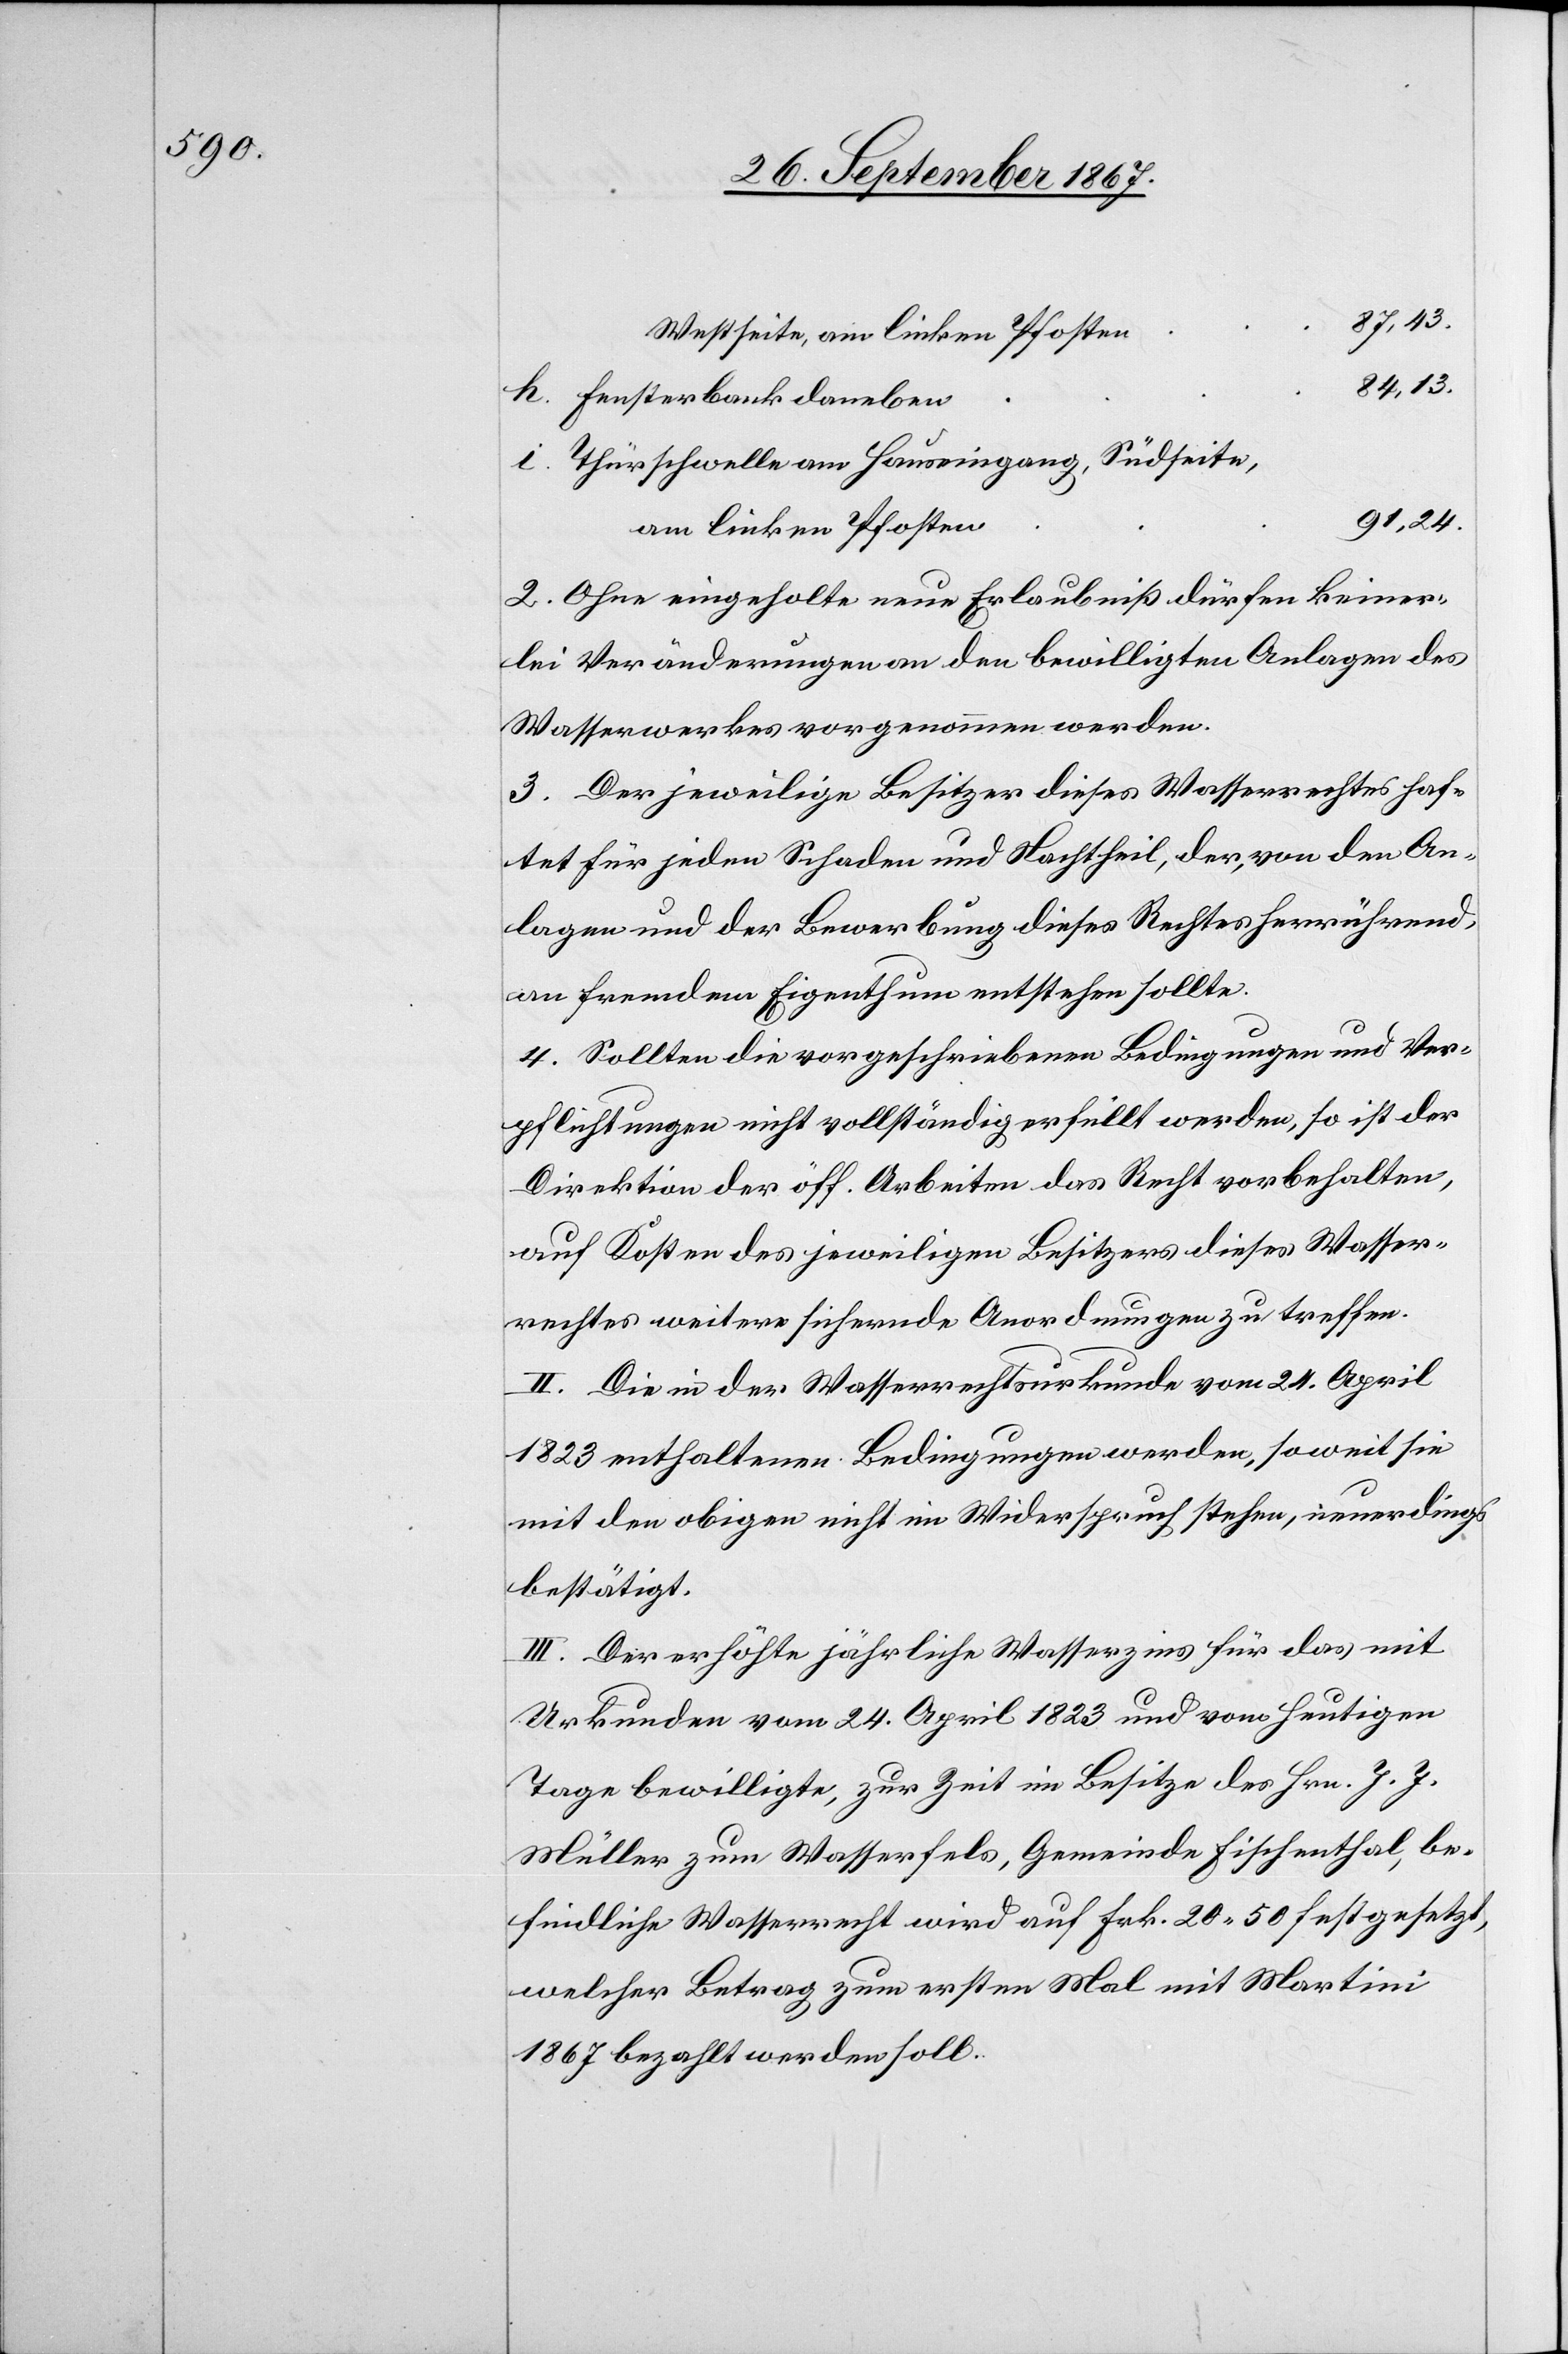
87,43.
Westseite, am linken Pfosten
84,13.
Fensterbank daneben
Thürschwelle am Hauseingang, Südseite,
91,24.
am linken Pfosten
2. Ohne eingeholte neue Erlaubnis dürfen keiner¬
lei Veränderungen an den bewilligten Anlagen des
Wasserwerkes vorgenommen werden.
3. Der jeweilige Besitzer dieses Wasserrechtes haf¬
tet für jeden Schaden und Nachtheil, der, von der An¬
lagen und der Bewerbung dieses Rechtes herrührend,
an fremdem Eigenthum entstehen sollte.
4. Sollten die vorgeschriebenen Bedingungen und Ver¬
pflichtungen nicht vollständig erfüllt werden, so ist der
Direktion der öff. Arbeiten das Recht vorbehalten,
auf Kosten des jeweiligen Besitzers dieses Wasser¬
rechtes weitere sichernde Anordnungen zu treffen.
II. Die in der Wasserrechtsurkunde vom 21. April
1823 enthaltenen Bedingungen werden, so weit sie
mit den obigen nicht im Widerspruch stehen, neuerdings
bestätigt.
III. Der erhöhte jährliche Wasserzins für das mit
Urkunden vom 24. April 1823 und vom heutigen
Tage bewilligte, zur Zeit im Besitze des Hrn J. J.
Müller zum Wasserfels, Gemeinde Fischenthal, be¬
findliche Wasserrecht wird auf Frk. 20.50 festgesetzt,
welcher Betrag zum ersten Mal mit Martini
1867 bezahlt werden soll.